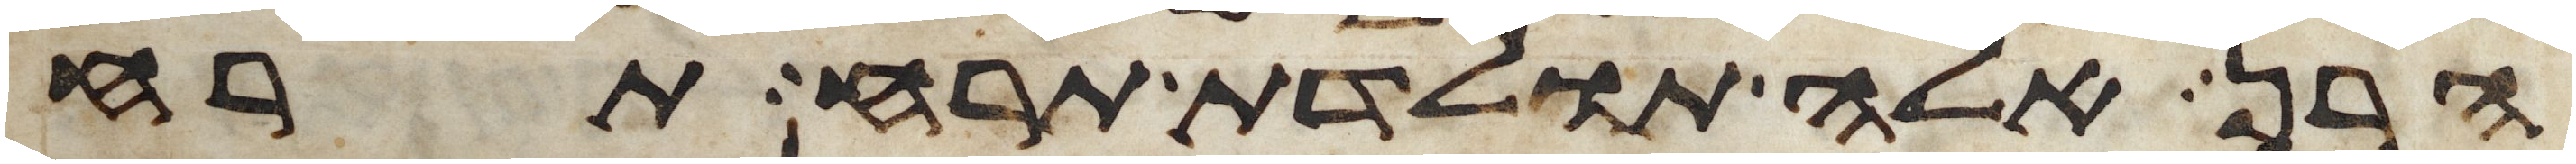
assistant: הרן אלה תולדת תרח תרח